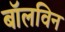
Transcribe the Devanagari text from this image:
बॉलविन